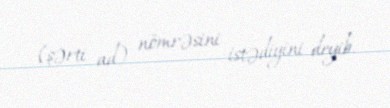
(şərti ad) nömrəsini istədiyini deyib.